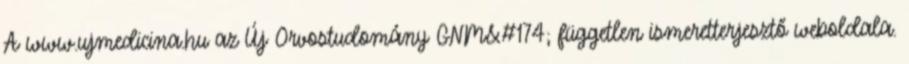
A www.ujmedicina.hu az Új Orvostudomány GNM&#174; független ismeretterjesztő weboldala.